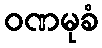
ဝဏမုခံ